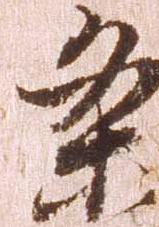
条